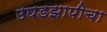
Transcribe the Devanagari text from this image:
उघडझापीचा